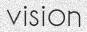
vision